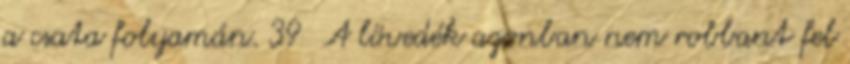
a csata folyamán. 39 A lövedék azonban nem robbant fel